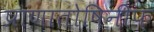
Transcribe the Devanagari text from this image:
प्राणातोषिनीफ़